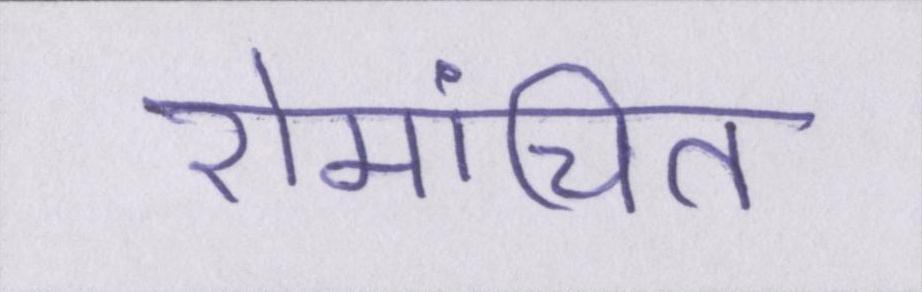
रोमांचित